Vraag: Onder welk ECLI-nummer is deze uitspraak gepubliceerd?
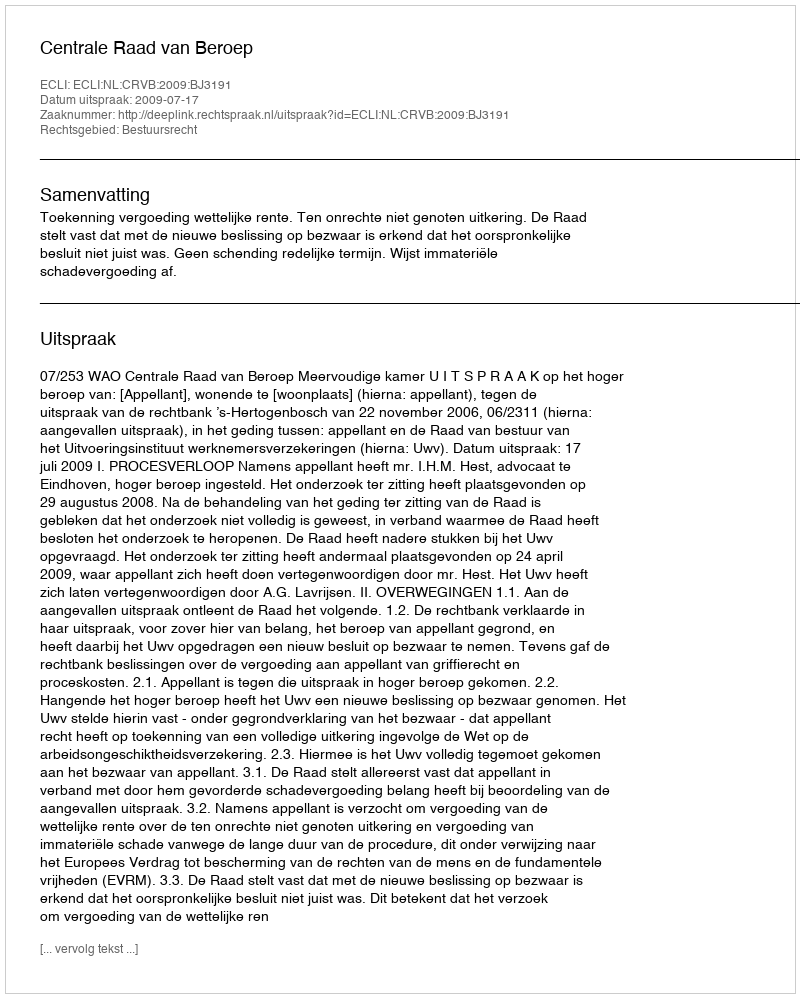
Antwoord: ECLI:NL:CRVB:2009:BJ3191